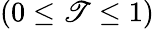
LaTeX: (0\leq\mathscr{T}\leq1)